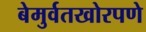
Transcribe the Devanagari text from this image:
बेमुर्वतखोरपणे